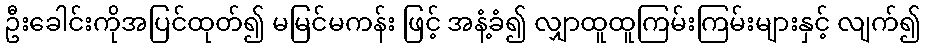
ဦးခေါင်းကိုအပြင်ထုတ်၍ မမြင်မကန်း ဖြင့် အနံ့ခံ၍ လျှာထူထူကြမ်းကြမ်းများနှင့် လျက်၍